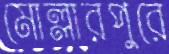
মোল্লারপুরে